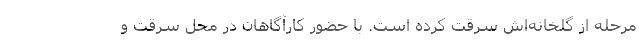
مرحله از گلخانه‌اش سرقت کرده است. با حضور کارآگاهان در محل سرقت و